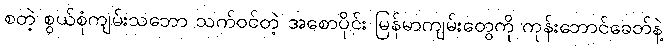
စတဲ့ စွယ်စုံကျမ်းသဘော သက်ဝင်တဲ့ အစောပိုင်း မြန်မာကျမ်းတွေကို ကုန်းဘောင်ခေတ်နဲ့